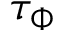
\tau _ { \Phi }